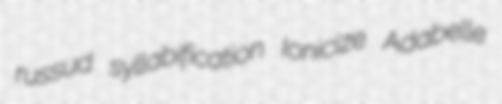
russud syllabification Ionicize Adabelle